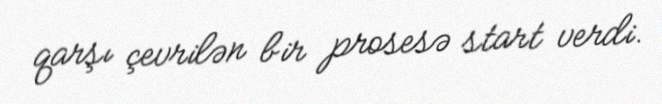
qarşı çevrilən bir prosesə start verdi.